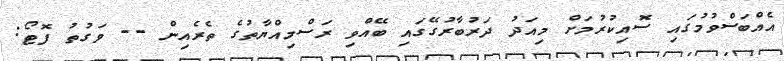
އެއްބަސްވުމުގައި ސޮއިކުރުމަށް މިއަދު ދަރުބާރުގޭގައި ބޭއްވި ރަސްމިއްޔާތުގެ ތެރެއިން -- ވަގުތު ފޮޓޯ: